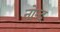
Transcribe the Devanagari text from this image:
नोन्द